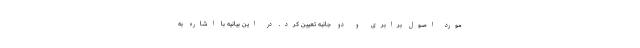
مورد اصول برابری و دو جانبه تعیین کرد. در این بیانیه با اشاره به